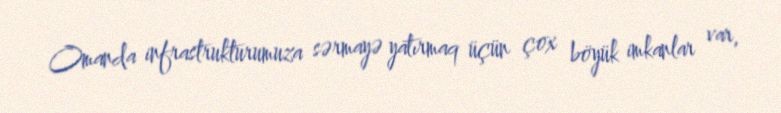
Omanda infrastrukturumuza sərmayə yatırmaq üçün çox böyük imkanlar var,